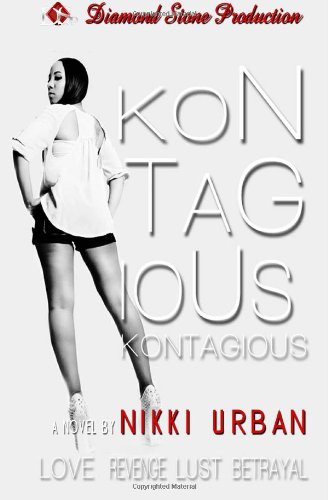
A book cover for Kontagious; Nikki Urban; Literature & Fiction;